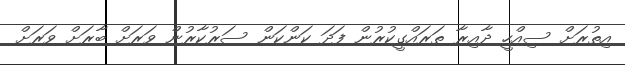
އިތުރަށް ސިއްހީ ދާއިރާ ތަރައްގީކުރުން ފަދަ ކަންކަން ސަރުކާރުން ވަރަށް ބާރަށް ވަރަށް